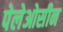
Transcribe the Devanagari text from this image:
पेलेओसीन